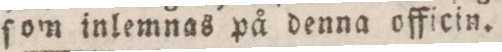
ſom inlemnas på denna officin.